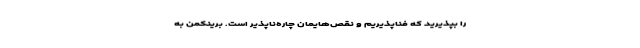
را بپذیرید که فناپذیریم و نقص‌هایمان چاره‌ناپذیر است. برینکمن به